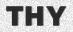
THY